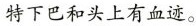
特下巴和头上有血迹。